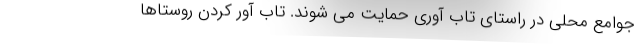
جوامع محلی در راستای تاب آوری حمایت می شوند. تاب آور کردن روستاها